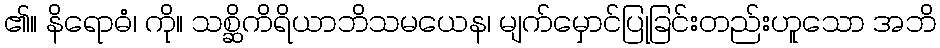
၏။ နိရောဓံ၊ ကို။ သစ္ဆိကိရိယာဘိသမယေန၊ မျက်မှောင်ပြုခြင်းတည်းဟူသော အဘိ